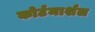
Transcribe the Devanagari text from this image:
कोर्टमार्शल